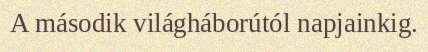
A második világháborútól napjainkig.